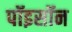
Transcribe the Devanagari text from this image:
पॉइसॉन